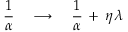
\frac { 1 } { \alpha } \quad \longrightarrow \quad \frac { 1 } { \alpha } \, + \, \eta \, \lambda